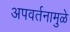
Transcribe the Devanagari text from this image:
अपवर्तनामुळे